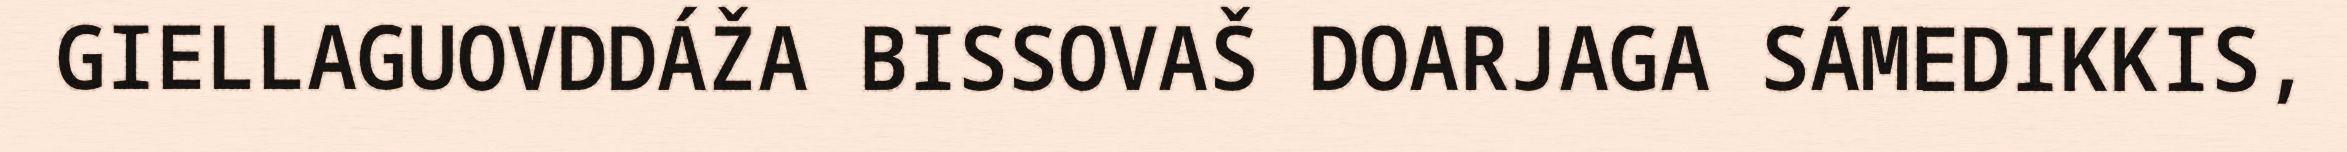
GIELLAGUOVDDÁŽA BISSOVAŠ DOARJAGA SÁMEDIKKIS,